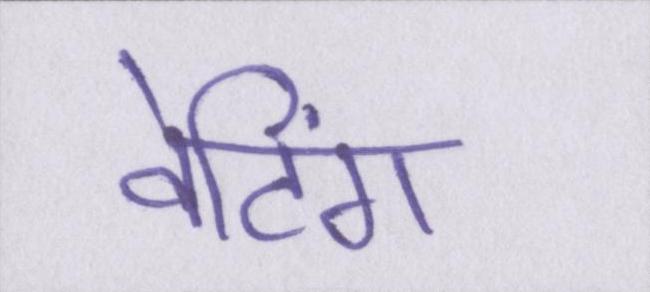
वेटिंग